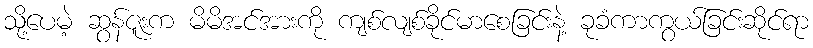
သို့ပေမဲ့ ဆွန်ဇူးက မိမိအင်အားကို ကျစ်လျစ်ခိုင်မာစေခြင်းနဲ့ ခုခံကာကွယ်ခြင်းဆိုင်ရာ